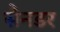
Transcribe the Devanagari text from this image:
सैनडर